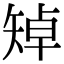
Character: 𥏥